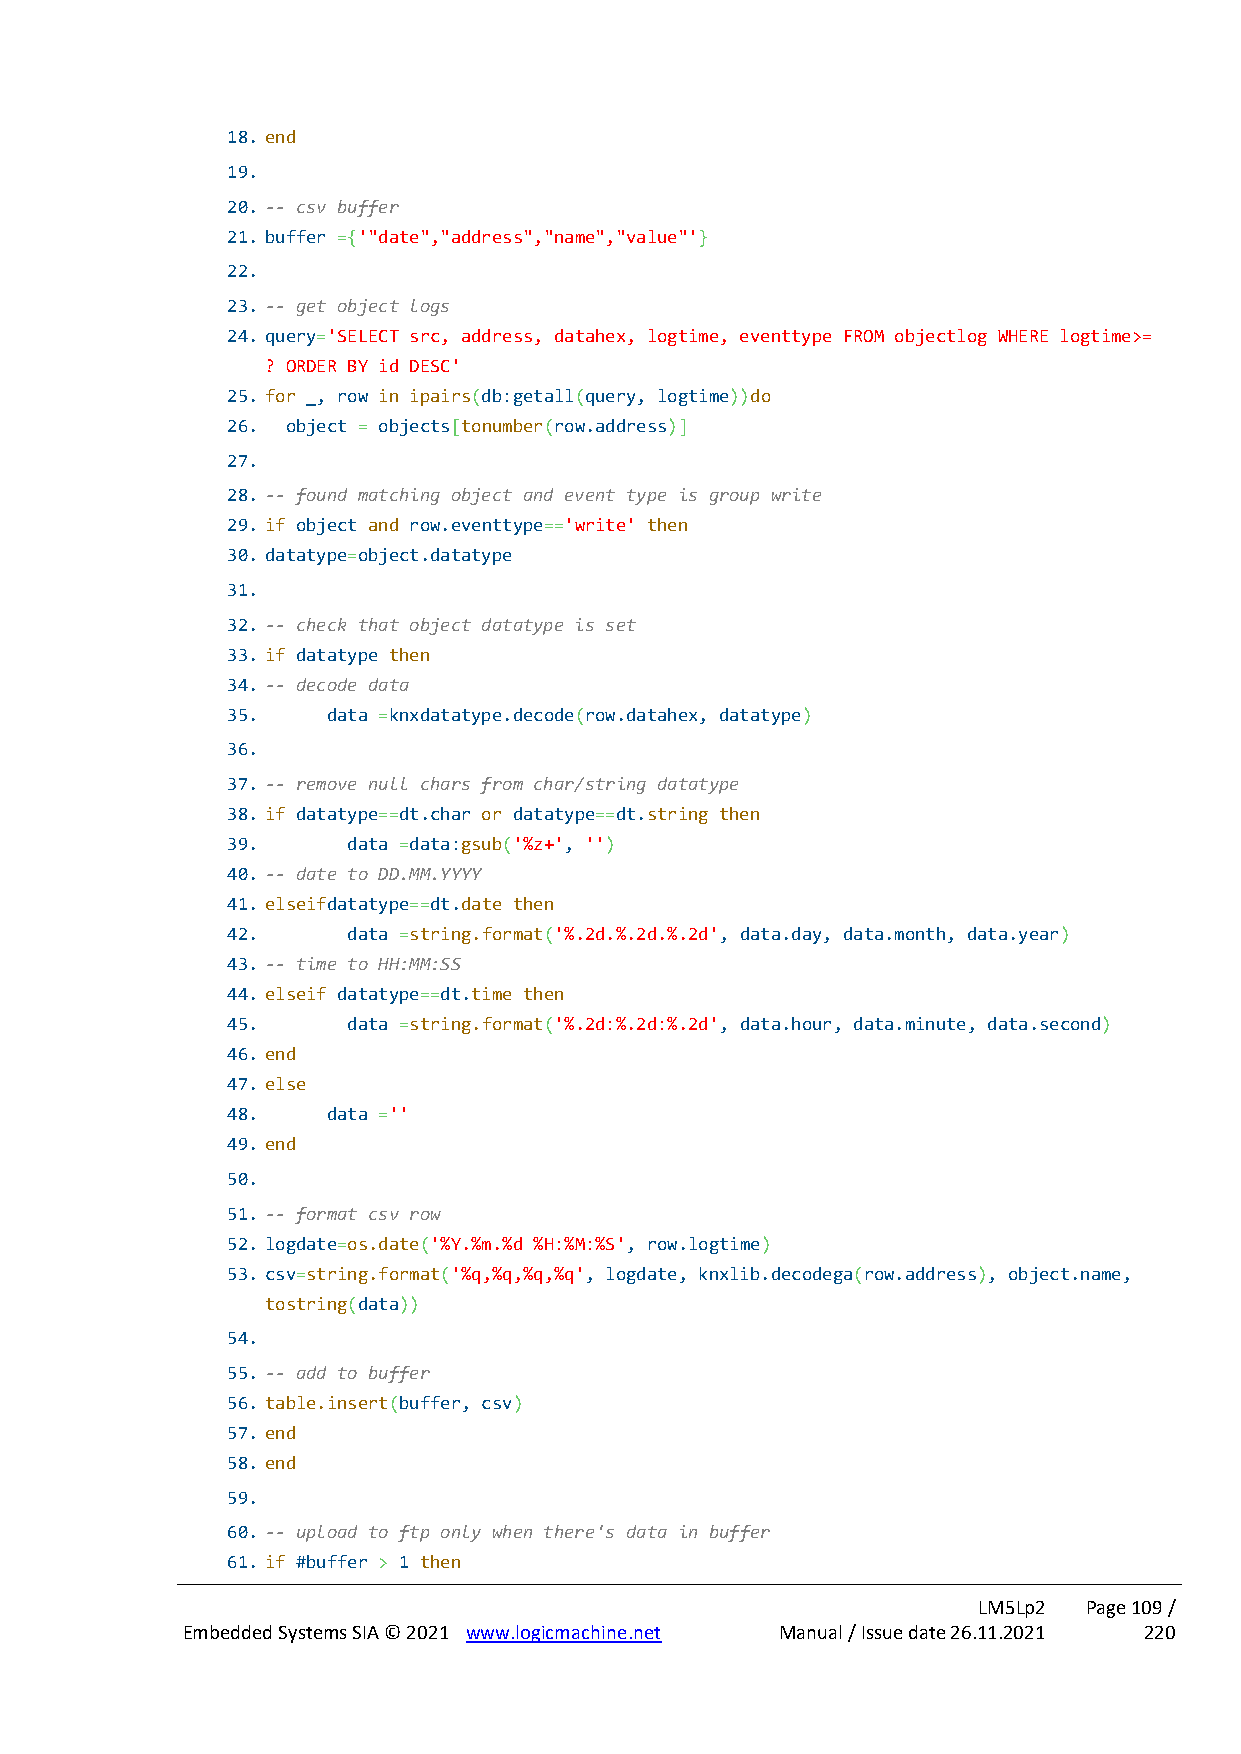
18. end
 19.
 20. -- csv buffer
 21. buffer ={'"date","address","name","value"'}
 22.
 23. -- get object logs
 24. query='SELECT src, address, datahex, logtime, eventtype FROM objectlog WHERE logtime>=
 ? ORDER BY id DESC'
 25. for _, row in ipairs(db:getall(query, logtime))do
 26. object = objects[tonumber(row.address)]
 27.
 28. -- found matching object and event type is group write
 29. if object and row.eventtype=='write' then
 30. datatype=object.datatype
 31.
 32. -- check that object datatype is set
 33. if datatype then
 34. -- decode data
 35.    data =knxdatatype.decode(row.datahex, datatype)
 36.
 37. -- remove null chars from char/string datatype
 38. if datatype==dt.char or datatype==dt.string then
 39.     data =data:gsub('%z+', '')
 40. -- date to DD.MM.YYYY
 41. elseifdatatype==dt.date then
 42.     data =string.format('%.2d.%.2d.%.2d', data.day, data.month, data.year)
 43. -- time to HH:MM:SS
 44. elseif datatype==dt.time then
 45.     data =string.format('%.2d:%.2d:%.2d', data.hour, data.minute, data.second)
 46. end
 47. else
 48.    data =''
 49. end
 50.
 51. -- format csv row
 52. logdate=os.date('%Y.%m.%d %H:%M:%S', row.logtime)
 53. csv=string.format('%q,%q,%q,%q', logdate, knxlib.decodega(row.address), object.name,
 tostring(data))
 54.
 55. -- add to buffer
 56. table.insert(buffer, csv)
 57. end
 58. end
 59.
 60. -- upload to ftp only when there's data in buffer
 61. if #buffer > 1 then
 LM5Lp2 Page 109 /
 Embedded Systems SIA © 2021 www.logicmachine.net Manual / Issue date 26.11.2021 220